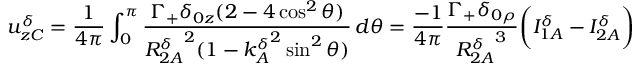
u _ { z C } ^ { \delta } = \frac { 1 } { 4 \pi } \int _ { 0 } ^ { \pi } \frac { \Gamma _ { + } \delta _ { 0 z } ( 2 - 4 \cos ^ { 2 } \theta ) } { { R _ { 2 A } ^ { \delta } } ^ { 2 } ( 1 - { k _ { A } ^ { \delta } } ^ { 2 } \sin ^ { 2 } \theta ) } \, d \theta = \frac { - 1 } { 4 \pi } \frac { \Gamma _ { + } \delta _ { 0 \rho } } { { R _ { 2 A } ^ { \delta } } ^ { 3 } } \bigg ( I _ { 1 A } ^ { \delta } - I _ { 2 A } ^ { \delta } \bigg )